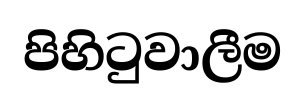
පිහිටුවාලීම